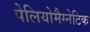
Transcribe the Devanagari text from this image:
पेलियोमैग्नेटिक